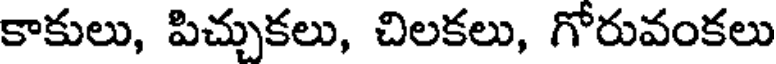
కాకులు, పిచ్చుకలు, చిలకలు, గోరువంకలు